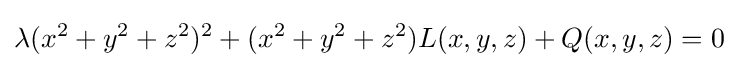
\lambda (x^{2}+y^{2}+z^{2})^{2}+(x^{2}+y^{2}+z^{2})L(x,y,z)+Q(x,y,z)=0